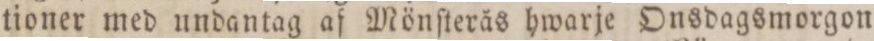
tioner med undantag af Mönſterås hwarje Onsdagsmorgon